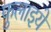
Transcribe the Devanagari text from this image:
फुलाइये